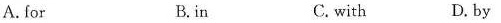
A.for B.in C.with D.by